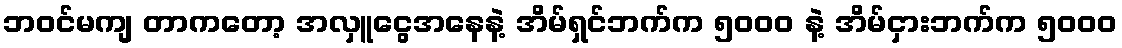
ဘဝင်မကျ တာကတော့ အလှူငွေအနေနဲ့ အိမ်ရှင်ဘက်က ၅၀၀၀ နဲ့ အိမ်ငှားဘက်က ၅၀၀၀